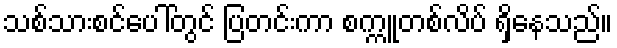
သစ်သားစင်ပေါ်တွင် ပြတင်းကာ စက္ကူတစ်လိပ် ရှိနေသည်။